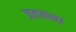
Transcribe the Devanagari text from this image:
व्रतबन्ध